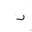
Letter: _dal